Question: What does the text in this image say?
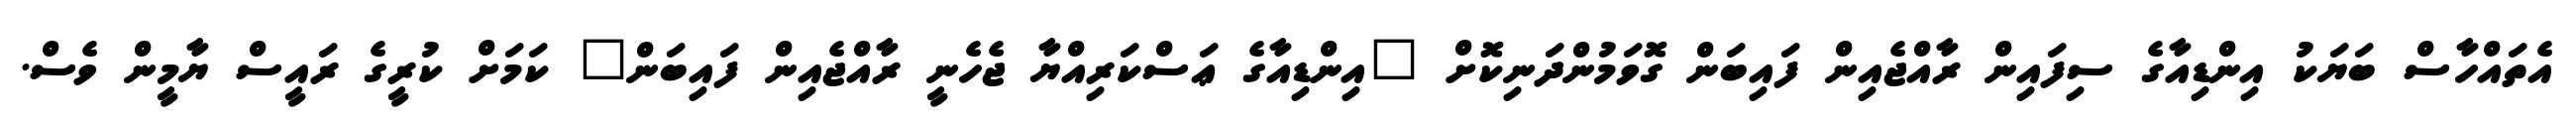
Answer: އެތައްހާސް ބަޔަކު އިންޑިއާގެ ސިފައިން ރާއްޖެއިން ފައިބަން ގޮވަމުންދަނިކޮށް "އިންޑިއާގެ ޢަސްކަރިއްޔާ ޖެހެނީ ރާއްޖެއިން ފައިބަން" ކަމަށް ކުރީގެ ރައީސް ޔާމީން ވެސް.